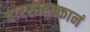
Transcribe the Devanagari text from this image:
वारसाहक्कानं